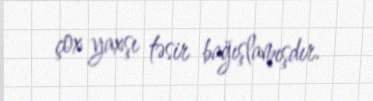
çox yaxşı təsir bağışlamışdır.